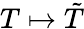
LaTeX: T\mapsto{\tilde{T}}